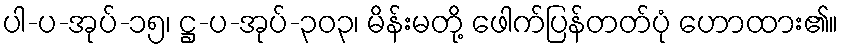
ပါ-ပ-အုပ်-၁၅၊ ဋ္ဌ-ပ-အုပ်-၃၀၃၊ မိန်းမတို့ ဖေါက်ပြန်တတ်ပုံ ဟောထား၏။